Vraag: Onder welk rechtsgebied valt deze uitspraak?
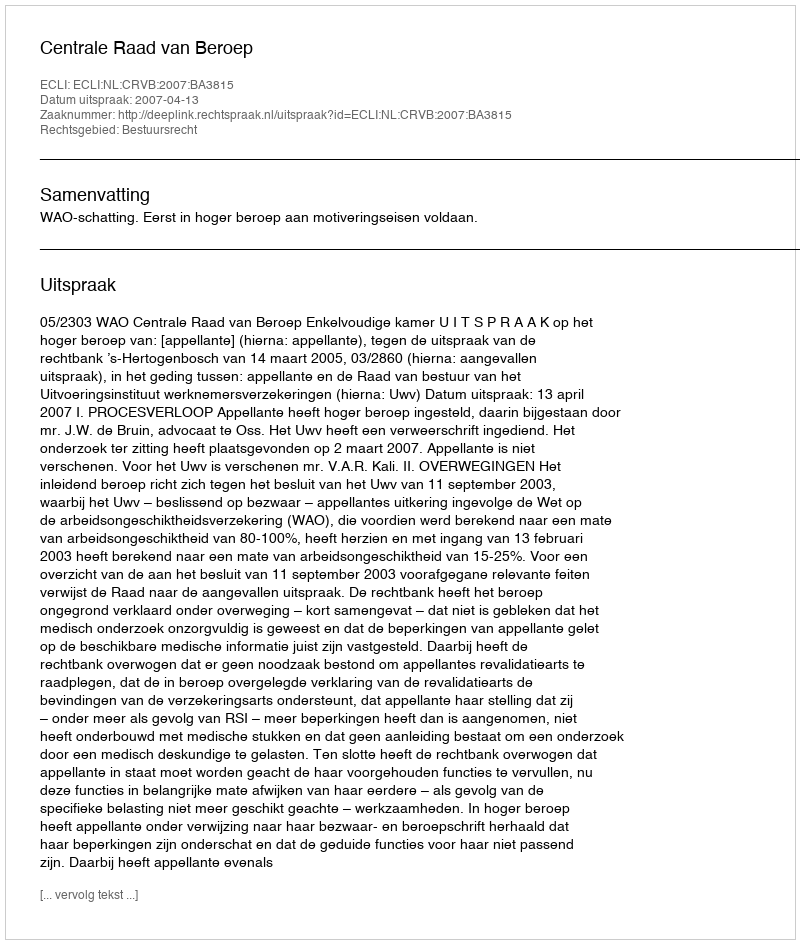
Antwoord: Bestuursrecht